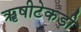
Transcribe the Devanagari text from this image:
ॠषीटेकडी